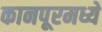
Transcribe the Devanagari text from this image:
कानपूरमध्ये